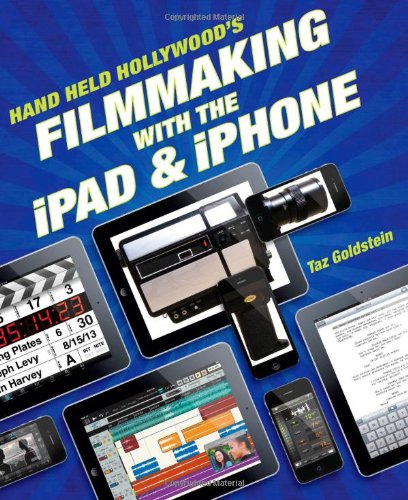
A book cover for Hand Held Hollywood's Filmmaking with the iPad & iPhone; Taz Goldstein; Computers & Technology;